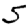
Digit: 5